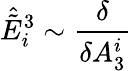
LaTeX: {\hat{\tilde{E}}}_{i}^{3}\sim{\frac{\delta}{\delta A_{3}^{i}}}